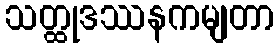
သတ္ထုဒဿနကမျတာ